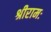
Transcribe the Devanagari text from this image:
श्रीरामः